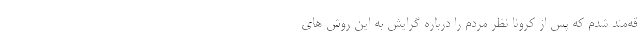
قه‌مند شدم كه پس از كرونا نظر مردم را درباره گرایش به این روش های